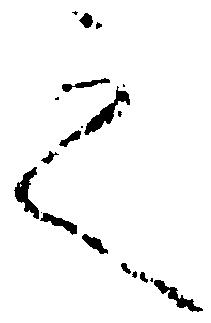
之